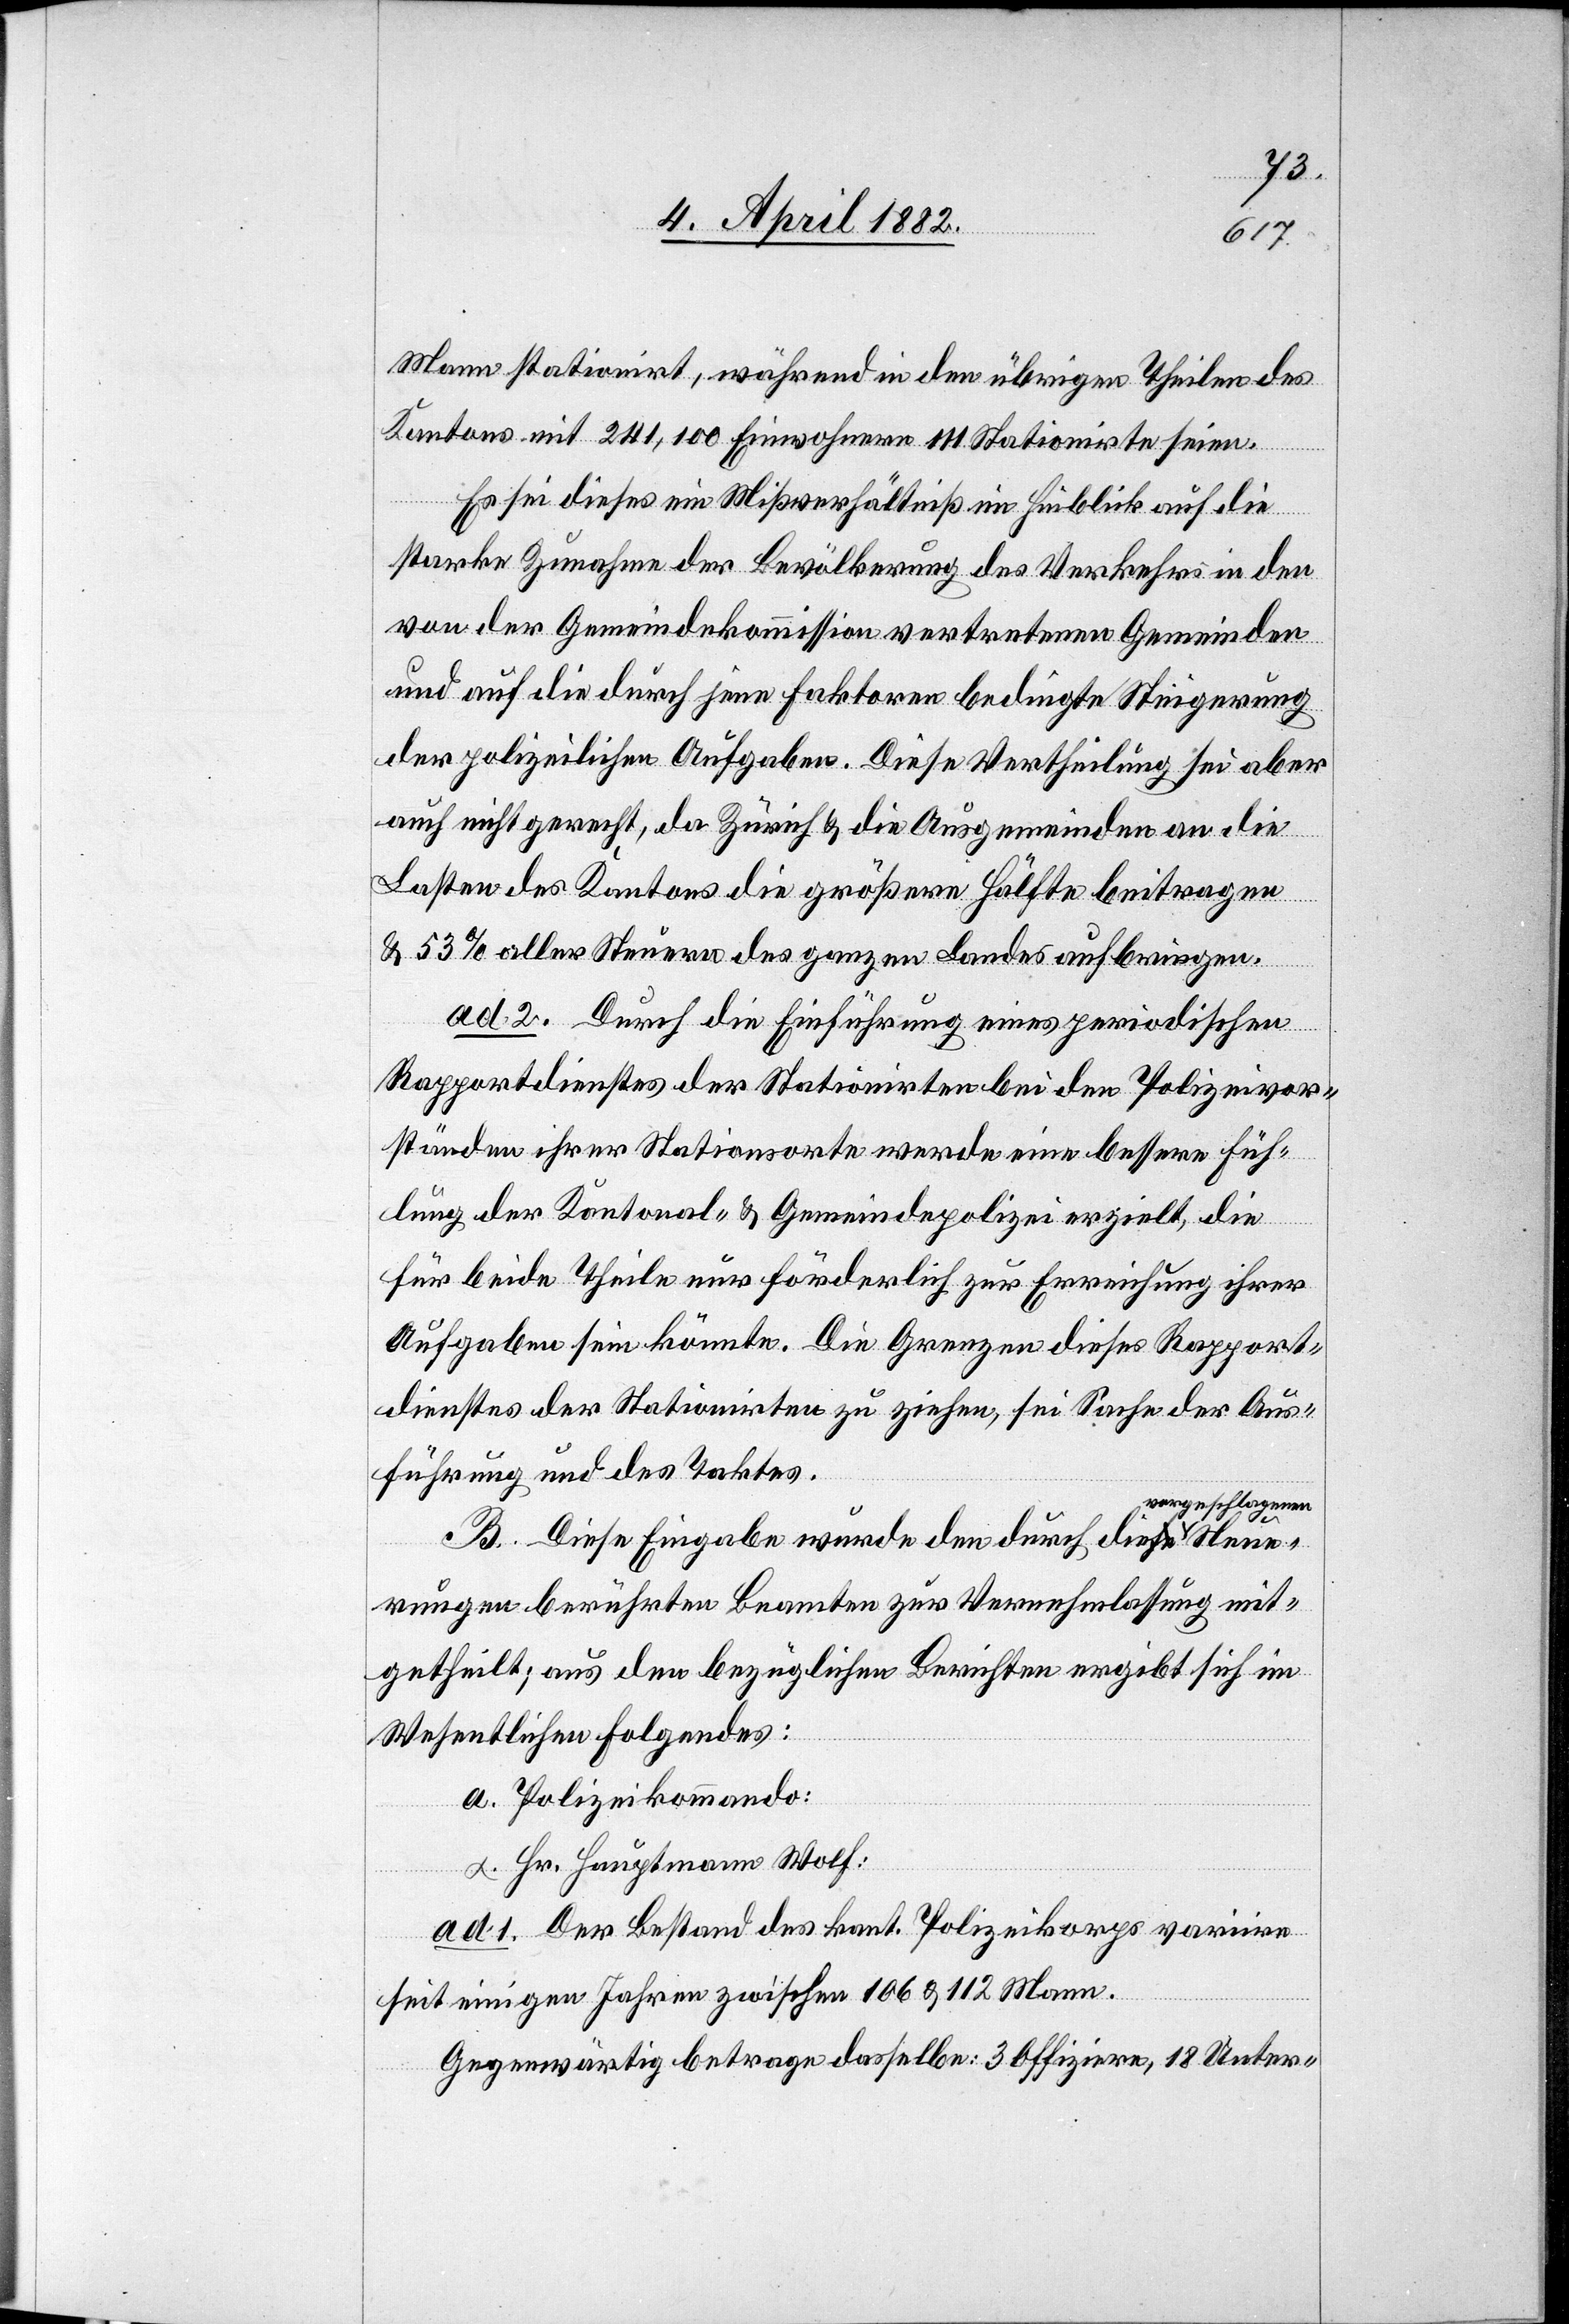
Neue¬
Mann stationirt, während in den übrigen Theilen des
Kantons mit 241,100 Einwohnern 111 Stationirte seien.
Es sei dieses ein Mißverhältniß im Hinblick auf die
starke Zunahme der Bevölkerung [und] des Verkehrs in den
von der Gemeindekommission vertretenen Gemeinden
und auf die durch jene Faktoren bedingte Steigerung
der polizeilichen Aufgaben. Diese Vertheilung sei aber
auch nicht gerecht, da Zürich & die Ausgemeinden an die
Lasten des Kantons die größere Hälfte beitragen
& 53% aller Steuern des ganzen Landes aufbringen.
ad 2. Durch die Einführung eines periodischen
Rapportdienstes der Stationirten bei den Polizeivor¬
ständen ihrer Stationsorte werde eine bessere Füh¬
lung der Kantonal- & Gemeindepolizei erzielt, die
für beide Theile nur förderlich zu Erreichung ihrer
Aufgaben sein könnte. Die Grenzen dieses Rapport¬
dienstes der Stationirten zu ziehen, sei Sache der Aus¬
führung und des Taktes.
orgeschlagenen
B. Diese Eingabe wurde den durch die v¬
rungen berührten Beamten zur Vernehmlassung mit¬
getheilt; aus den bezüglichen Berichten ergibt sich im
Wesentlichen Folgendes:
a. Polizeikommando:
α. Hr. Hauptmann Wolf:
ad 1. Der Bestand des kant. Polizeikorps variire
seit einigen Jahren zwischen 106 & 112 Mann.
Gegenwärtig betrage dasselbe: 3 Offiziere, 18 Unter-